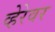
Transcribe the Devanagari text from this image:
व्हेरेवर